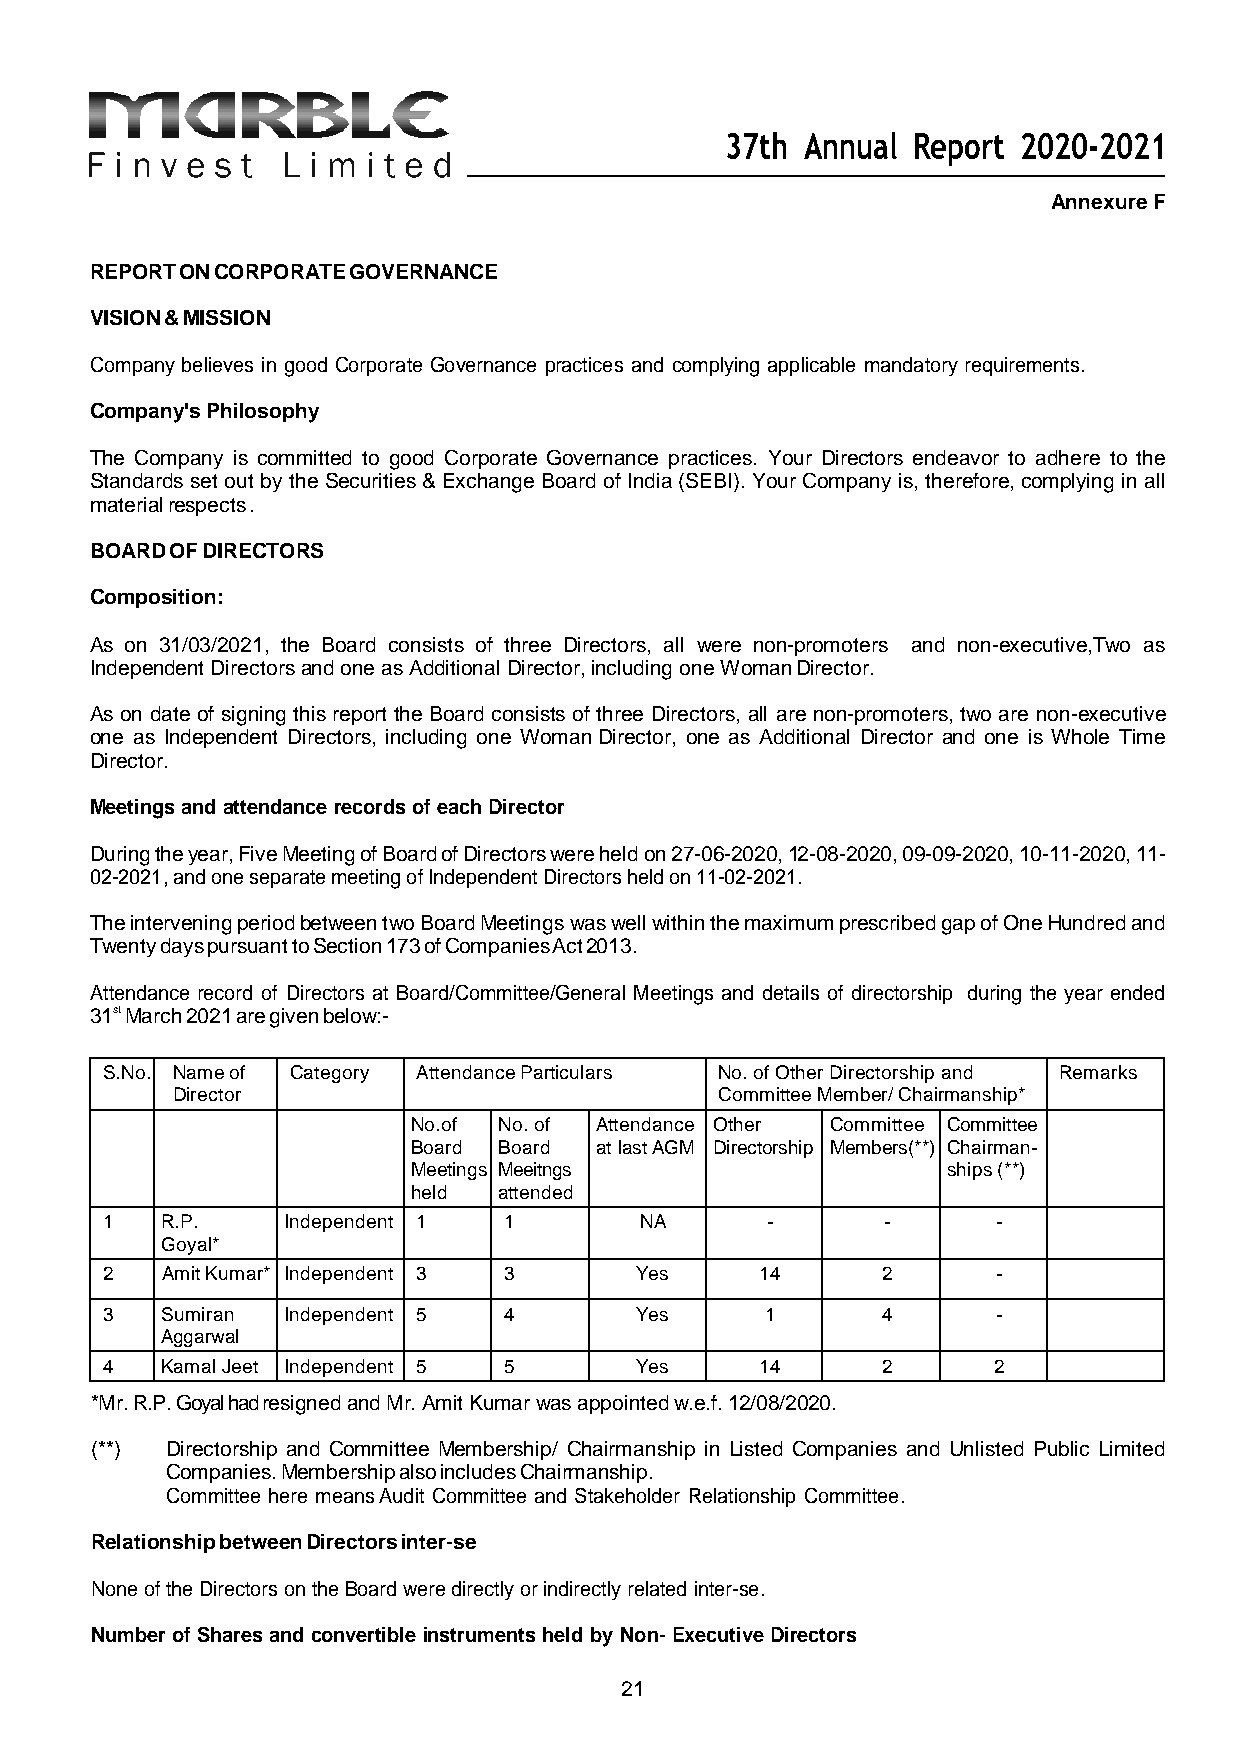
37th Annual Report 2020-2021
 Annexure F
 REPORT ON CORPORATE GOVERNANCE
 VISION & MISSION
 Company believes in good Corporate Governance practices and complying applicable mandatory requirements.
 Company's Philosophy
 The Company is committed to good Corporate Governance practices. Your Directors endeavor to adhere to the
 Standards set out by the Securities & Exchange Board of India (SEBI). Your Company is, therefore, complying in all
 material respects .
 BOARD OF DIRECTORS
 Composition:
 As on 31/03/2021, the Board consists of three Directors, all were non-promoters and non-executive,Two as
 Independent Directors and one as Additional Director, including one Woman Director.
 As on date of signing this report the Board consists of three Directors, all are non-promoters, two are non-executive
 one as Independent Directors, including one Woman Director, one as Additional Director and one is Whole Time
 Director.
 Meetings and attendance records of each Director
 During the year, Five Meeting of Board of Directors were held on 27-06-2020, 12-08-2020, 09-09-2020, 10-11-2020, 11-
 02-2021, and one separate meeting of Independent Directors held on 11-02-2021.
 The intervening period between two Board Meetings was well within the maximum prescribed gap of One Hundred and
 Twenty days pursuant to Section 173 of Companies Act 2013.
 Attendance record of Directors at Board/Committee/General Meetings and details of directorship during the year ended
 31st March 2021 are given below:-
 S.No. Name of Category Attendance Particulars No. of Other Directorship and Remarks
 Director                             Committee Member/ Chairmanship*
 No.of No. of Attendance Other Committee Committee
 Board Board at last AGM Directorship Members(**) Chairman-
 Meetings Meeitngs                   ships (**)
 held  attended
 1   R.P.    Independent 1 1        NA       -      -       -
 Goyal*
 2   Amit Kumar* Independent 3 3    Yes     14      2       -
 3   Sumiran Independent 5 4        Yes      1      4       -
 Aggarwal
 4   Kamal Jeet Independent 5 5     Yes     14      2       2
 *Mr. R.P. Goyal had resigned and Mr. Amit Kumar was appointed w.e.f. 12/08/2020.
 (**) Directorship and Committee Membership/ Chairmanship in Listed Companies and Unlisted Public Limited
 Companies. Membership also includes Chairmanship.
 Committee here means Audit Committee and Stakeholder Relationship Committee.
 Relationship between Directors inter-se
 None of the Directors on the Board were directly or indirectly related inter-se.
 Number of Shares and convertible instruments held by Non- Executive Directors
 21